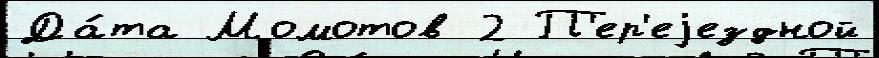
Да́та Момотов 2 П'ер'еjездной